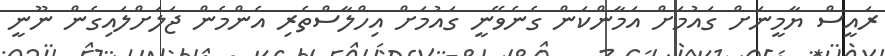
ރައީސް ޔާމީނަށް ގައުމަށް އަމާންކަން ގެނެވޭނީ ގައުމަށް އިހްލާސްތެރި އެންމެން ޖަލަށްލައިގެން ނޫނީ